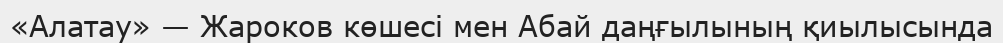
«Алатау» — Жароков көшесі мен Абай даңғылының қиылысында